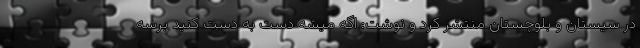
در سیستان و بلوچستان منتشر کرد و نوشت: اگه میشه دست به دست کنید برسه